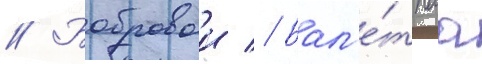
// Бобровои // Бал'е́тнаа